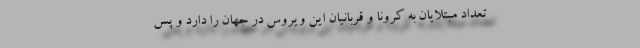
تعداد مبتلایان به کرونا و قربانیان این ویروس در جهان را دارد و پس